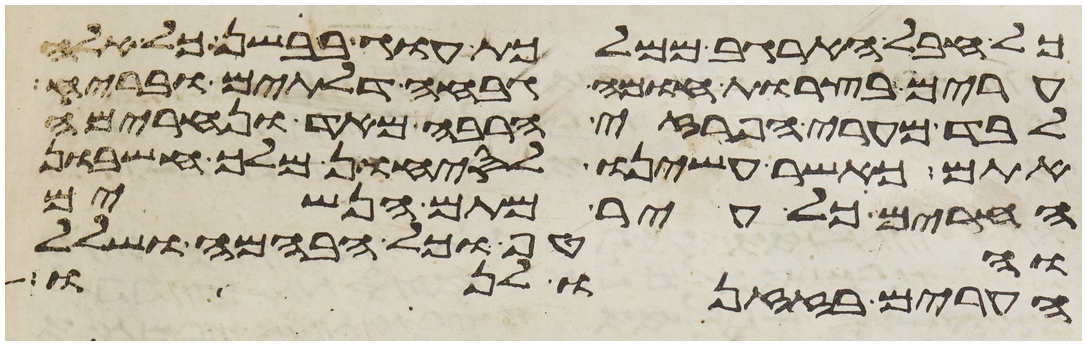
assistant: כל חבל הארגב ממלכות עוג בבשן כל אלה
ערים בצרות חומה גבחה דלתים ובריח
לבד מערי הפרזי הרבה מאד ונחרימה
אתם כאשר עשינו לסיחון מלך חשבון
החרים כל עיר מתם הנשים
והטף וכל הבהמה ושלל
הערים בזזנו לנו